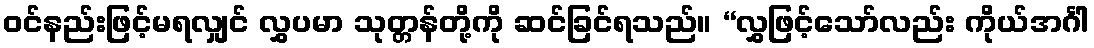
ဝင်နည်းဖြင့်မရလျှင် လွှပမာ သုတ္တန်တို့ကို ဆင်ခြင်ရသည်။ “လွှဖြင့်သော်လည်း ကိုယ်အင်္ဂါ